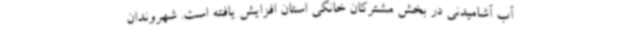
آب آشامیدنی در بخش مشترکان خانگی استان افزایش یافته است. شهروندان